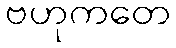
ဗဟုကတေ